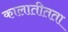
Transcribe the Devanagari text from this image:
कालातीतता